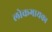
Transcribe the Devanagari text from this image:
लोकगायक।